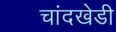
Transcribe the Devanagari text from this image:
चांदखेडी